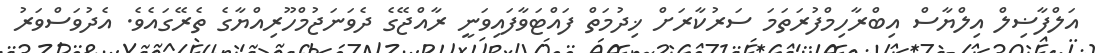
އަލްފާޟިލް އިލްޔާސް އިބްރާހިމްފުރަތަމަ ސަރުކާރަށް ޚިދުމަތް ފައްޓަވާފައިވަނީ ރާއްޖޭގެ ދެވަނަޖުމްހޫރިއްޔާގެ ތެރޭގައެވެ. އެދުވަސްވަރު